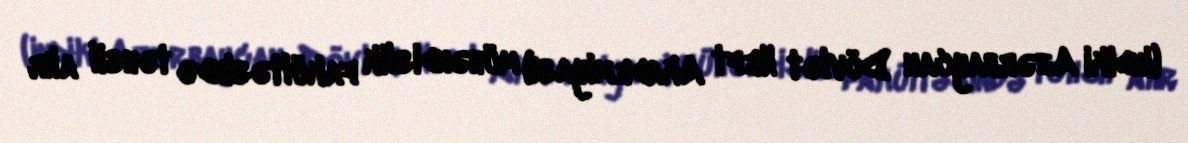
(indiki Azərbaycan Dövlət Neft Akademiyası) mühəndislik fakültəsində təhsil alır